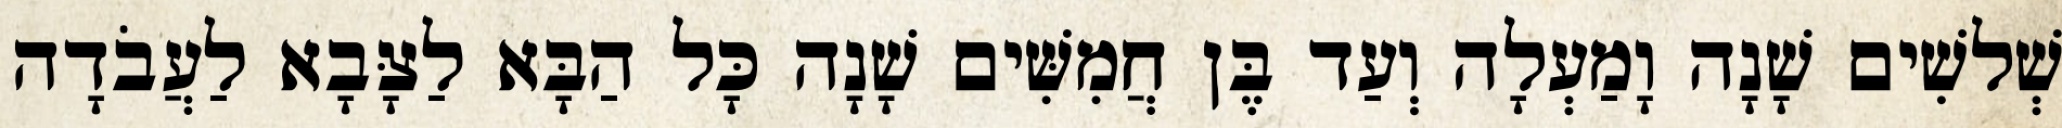
שְׁלשִׁים שָׁנָה וָמַעְלָה וְעַד בֶּן חֲמִשִּׁים שָׁנָה כָּל הַבָּא לַצָּבָא לַעֲבֹדָה